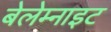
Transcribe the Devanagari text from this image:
बेलेम्नाइट